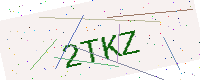
Text: 2TKZ